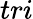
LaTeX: tri